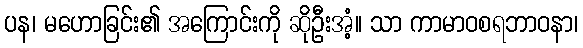
ပန၊ မဟောခြင်း၏ အကြောင်းကို ဆိုဦးအံ့။ သာ ကာမာဝစရဘာဝနာ၊